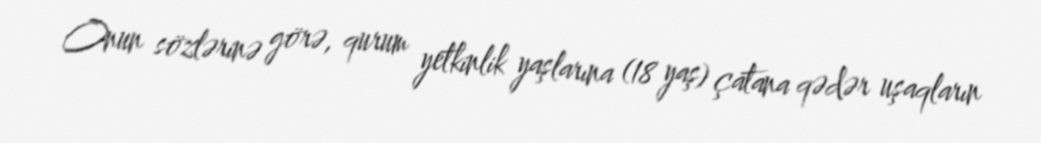
Onun sözlərinə görə, qurum yetkinlik yaşlarına (18 yaş) çatana qədər uşaqların